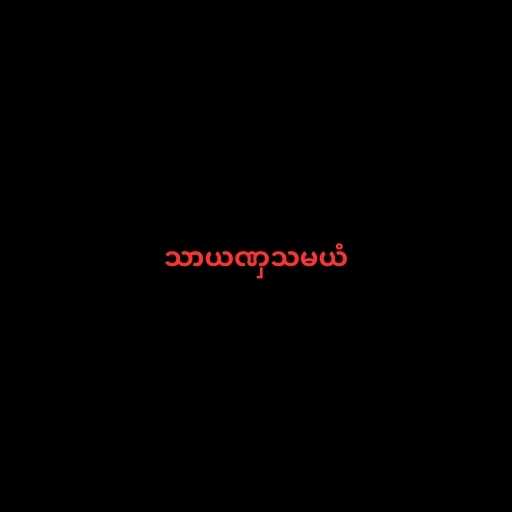
သာယဏှသမယံ